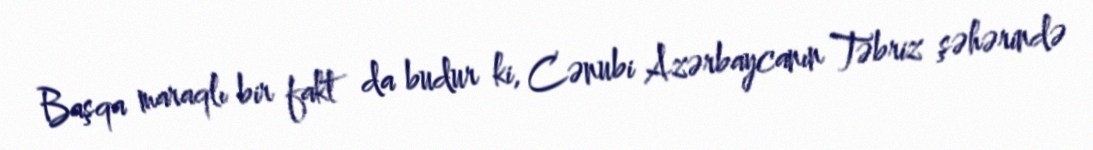
Başqa maraqlı bir fakt da budur ki, Cənubi Azərbaycanın Təbriz şəhərində